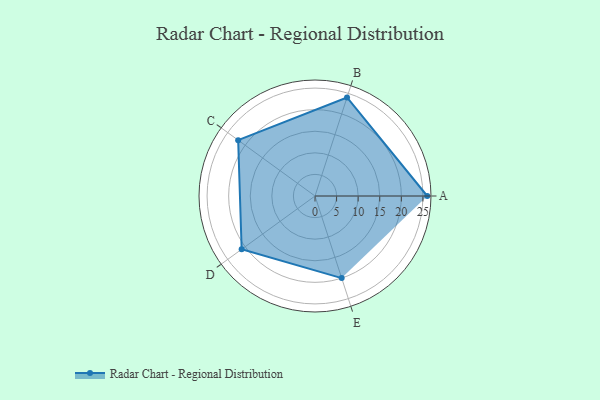
{"axis": {"x": "Skill", "y": "Score"}, "legend": ["Profile"], "data": [{"x": "A", "y": 26.0, "type": "Profile"}, {"x": "B", "y": 24.0, "type": "Profile"}, {"x": "C", "y": 22.0, "type": "Profile"}, {"x": "D", "y": 21.0, "type": "Profile"}, {"x": "E", "y": 20, "type": "Profile"}]}